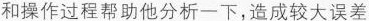
和操作过程帮助他分析一下，造成较大误差